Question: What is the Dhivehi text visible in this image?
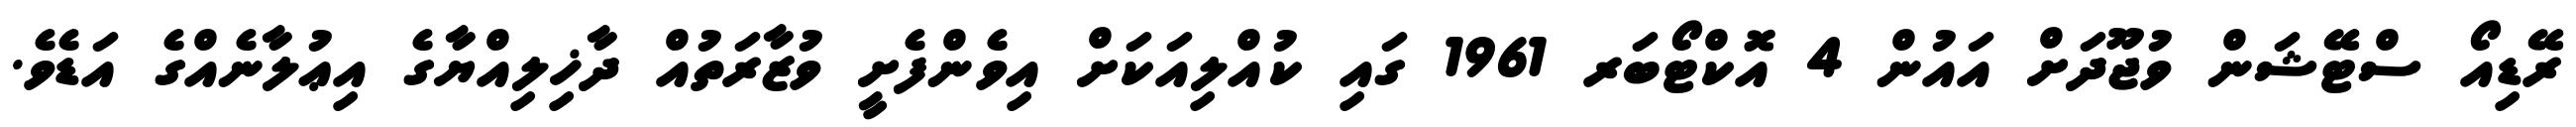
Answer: ރޭޑިއޯ ސްޓޭޝަން ވުޖޫދަށް އައުން 4 އޮކްޓޯބަރ 1961 ގައި ކުއްލިއަކަށް އިވެންފެށީ ވުޒާރަތުއް ދާޚިލިއްޔާގެ އިޢުލާނެއްގެ އަޑެވެ.